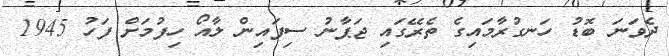
ދެވަނަ ބޮޑު ހަނގުރާމައިގެ ތެރޭގައި ޖަޕާނު ސިފައިން ލާއޯ ހިފުމަށް ފަހު 1945